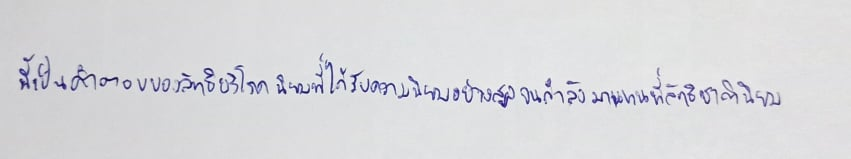
นี้เป็นคำตอบของลัทธิบริโภคนิยมที่ได้รับความนิยมอย่างสูงจนกำลังมาแทนที่ลัทธิชาตินิยม